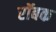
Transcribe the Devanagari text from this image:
रॉबक